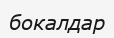
бокалдар